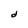
Character: d